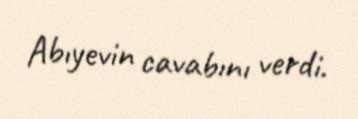
Abıyevin cavabını verdi.